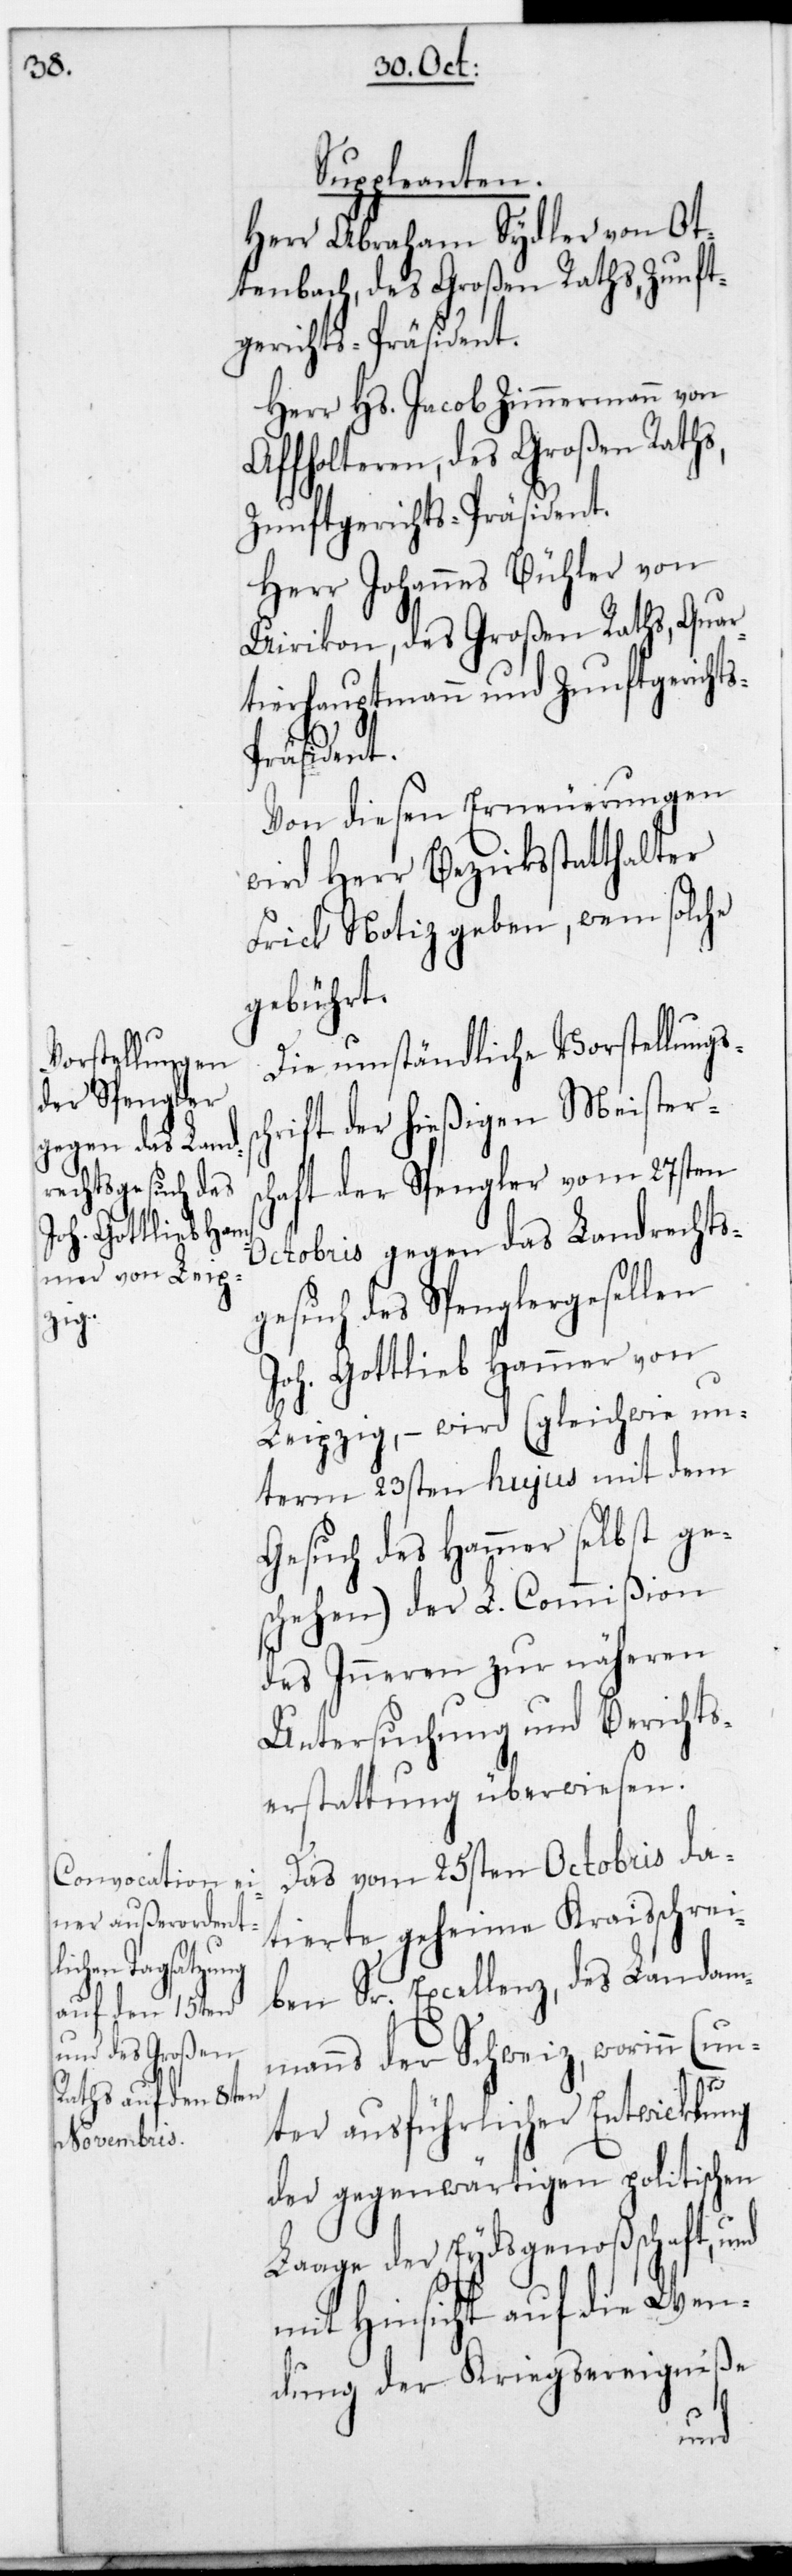
Suppleanten.
Herr Abraham Sydler von Ot¬
tenbach, des Großen Raths, Zunft¬
gerichts-Präsident.
Herr Hs. Jacob Zimmermann von
Affoltern, des Großen Raths,
Zunftgerichts-Präsident.
Herr Johannes Bühler von
Uirikon, des Großen Raths, Quar¬
tierhauptmann und Zunft¬
Von diesen Erneuerungen
wird Herr Bezirksstatthalter
Frick Notiz geben, wem solche
gebührt.
Die umständliche Vorstellungs¬
chrift der hießigen Meisters¬
chaft der Spengler vom 27sten
Octobris gegen das Landrechts¬
gesuch des Spenglergesellen
Joh. Gottlieb Hammer von
Leipzig, – wird (gleichwie un¬
term 23sten hujus mit dem
Gesuch des Hammer selbst ge¬
schehen) der L. Commißion
des Inneren zur näheren
Untersuchung und Berichts¬
erstattung überwiesen.
Das vom 25sten Octobris da¬
tierte geheime Kreisschrei¬
ben Sr. Excellenz des Landam¬
manns der Schweiz, worinn (un¬
ter ausführlicher Entwicklung
der gegenwärtigen politischen
Lage der Eydsgenoßenschaft u¬
mit Hinsicht auf die Wen¬
dung der Kriegsereigniße
nd